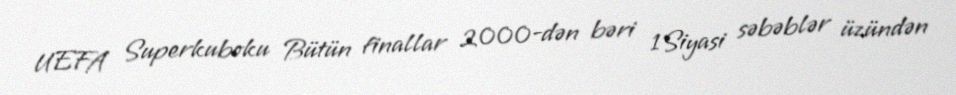
UEFA Superkuboku Bütün finallar 2000-dən bəri 1Siyasi səbəblər üzündən